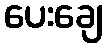
ပေးချေ